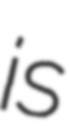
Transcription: is